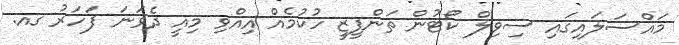
މައްސަލައިގައި ސިވިލް ކޯޓުން ތަންފީޒީ ހުކުމެއް އިއްވި މިއީ ދެވަނަ ފަހަރު ގއ.